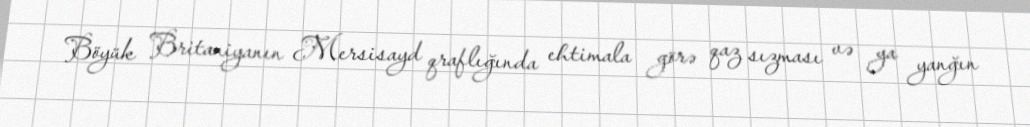
Böyük Britaniyanın Mersisayd qraflığında ehtimala görə qaz sızması və ya yanğın